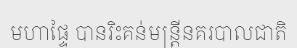
មហាផ្ទៃ បានរិះគន់មន្ត្រីនគរបាលជាតិ